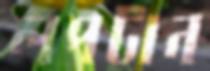
লপটান